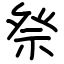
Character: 𫞴